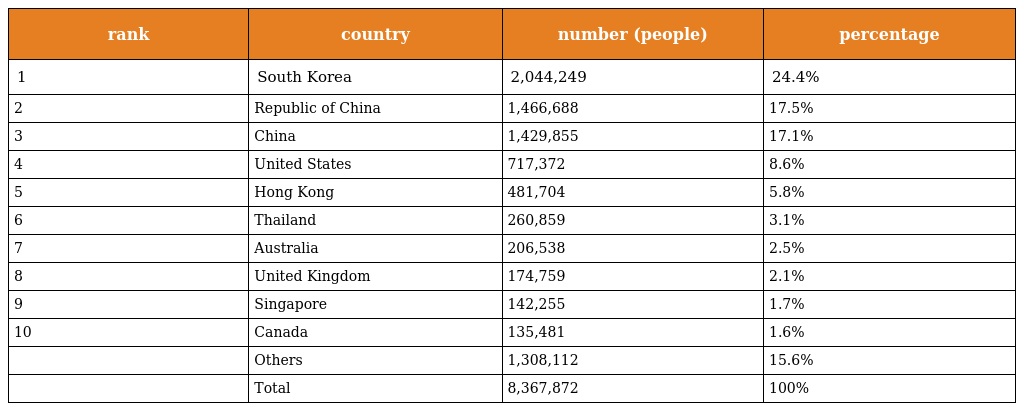
| rank | country | number (people) | percentage |
 | --- | --- | --- | --- |
 | 1 | South Korea | 2,044,249 | 24.4% |
 | 2 | Republic of China | 1,466,688 | 17.5% |
 | 3 | China | 1,429,855 | 17.1% |
 | 4 | United States | 717,372 | 8.6% |
 | 5 | Hong Kong | 481,704 | 5.8% |
 | 6 | Thailand | 260,859 | 3.1% |
 | 7 | Australia | 206,538 | 2.5% |
 | 8 | United Kingdom | 174,759 | 2.1% |
 | 9 | Singapore | 142,255 | 1.7% |
 | 10 | Canada | 135,481 | 1.6% |
 |  | Others | 1,308,112 | 15.6% |
 |  | Total | 8,367,872 | 100% |